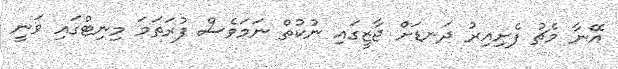
އޭނާ މެޗު ފެށިއިރު ދަނޑަށް ޖާޒީގައި ނުކުތް ނަމަވެސް ފުރަތަމަ މިނިޓްގައި ވަނީ